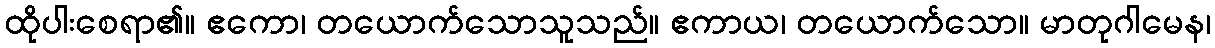
ထိုပါးစေရာ၏။ ဧကော၊ တယောက်သောသူသည်။ ဧကာယ၊ တယောက်သော။ မာတုဂါမေန၊